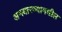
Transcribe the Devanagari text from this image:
अभयारण्यामधील